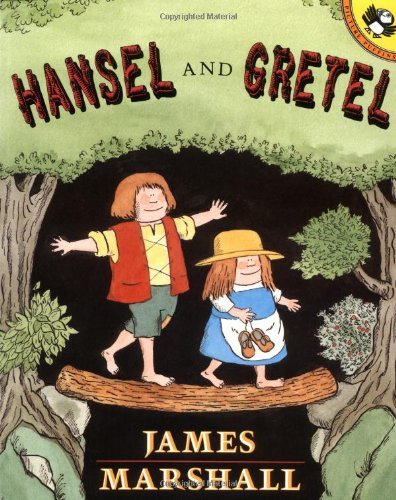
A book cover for Hansel and Gretel (Picture Puffins); James Marshall; Children's Books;